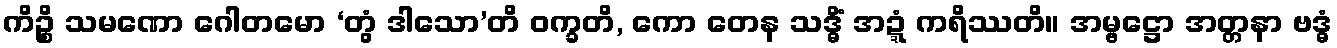
ကိဉ္စိ သမဏော ဂေါတမော ‘တွံ ဒါသော’တိ ဝက္ခတိ, ကော တေန သဒ္ဓိံ အဍ္ဍံ ကရိဿတိ။ အမ္ဗဋ္ဌော အတ္တနာ ဗဒ္ဓံ